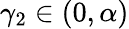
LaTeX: \gamma_{2}\in(0,\alpha)